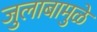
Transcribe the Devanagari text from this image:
जुलाबामुळे